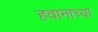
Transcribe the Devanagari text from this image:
हवानाच्या